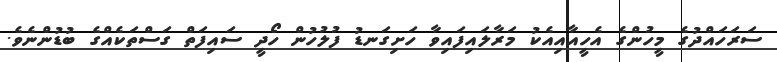
ސަރަހައްދުގެ މީހުންގެ އެހީއާއިއެކު މަރާލައިފައިވާ ހަށިގަނޑު ފުލުހުން ހޯދީީ ސައިފަތް ގަސްތަކެއްގެ ބުޑުންނެވެ.